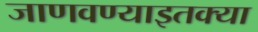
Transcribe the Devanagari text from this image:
जाणवण्याइतक्या